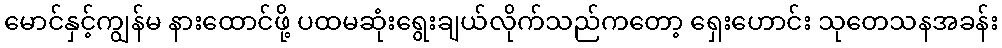
မောင်နှင့်ကျွန်မ နားထောင်ဖို့ ပထမဆုံးရွေးချယ်လိုက်သည်ကတော့ ရှေးဟောင်း သုတေသနအခန်း